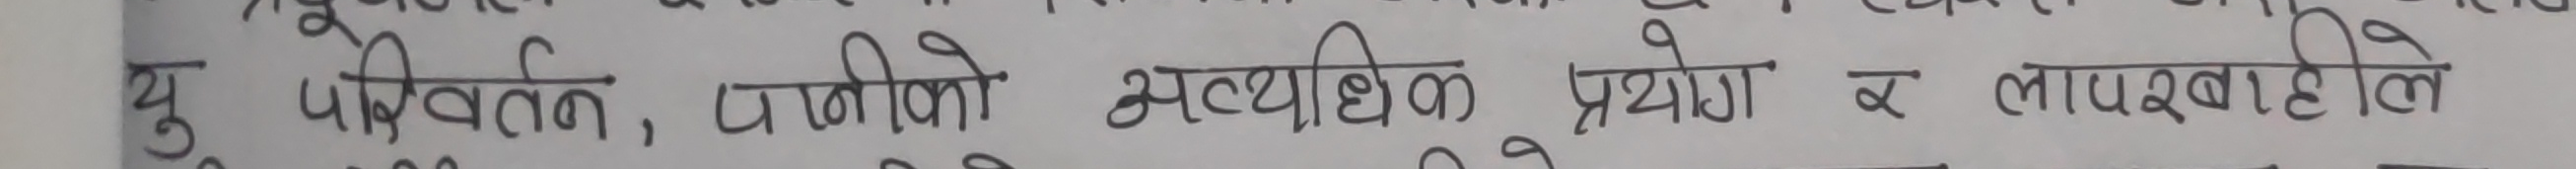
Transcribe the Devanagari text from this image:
यु परिवर्तन, पानीको अत्यधिक प्रयोग र लापरबाहीले